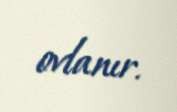
ovlanır.